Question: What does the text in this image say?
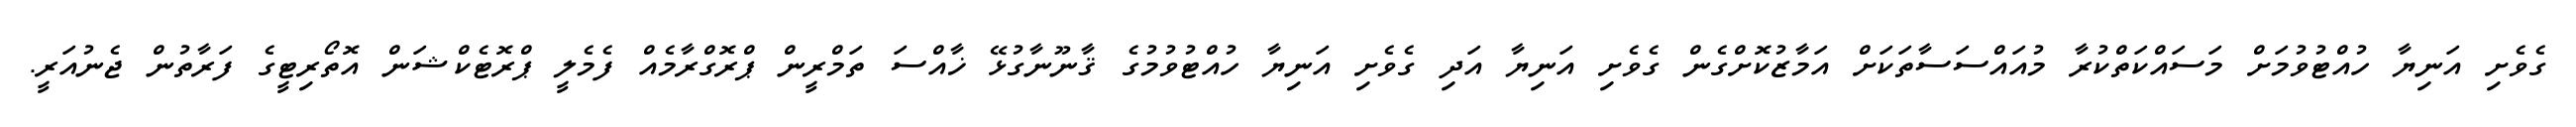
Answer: ގެވެށި އަނިޔާ ހުއްޓުވުމަށް މަސައްކަތްކުރާ މުއައްސަސާތަކަށް އަމާޒުކޮށްގެން ގެވެށި އަނިޔާ އަދި ގެވެށި އަނިޔާ ހުއްޓުވުމުގެ ޤާނޫނާގުޅޭ ޚާއްސަ ތަމްރީން ޕްރޮގްރާމެއް ފެމެލީ ޕްރޮޓެކްޝަން އޮތޯރިޓީގެ ފަރާތުން ޖެނުއަރީ.